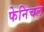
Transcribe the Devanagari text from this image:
फेनिचल